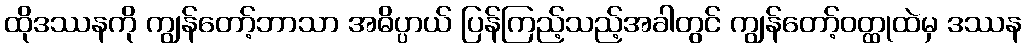
ထိုဒဿနကို ကျွန်တော့်ဘာသာ အဓိပ္ပာယ် ပြန်ကြည့်သည့်အခါတွင် ကျွန်တော့်ဝတ္ထုထဲမှ ဒဿန